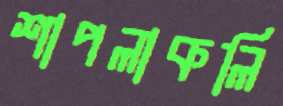
শাপলাকলি